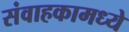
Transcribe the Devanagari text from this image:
संवाहकामध्ये